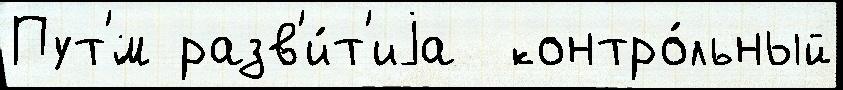
Пут'́м разв'и́т'иjа  контро́льный